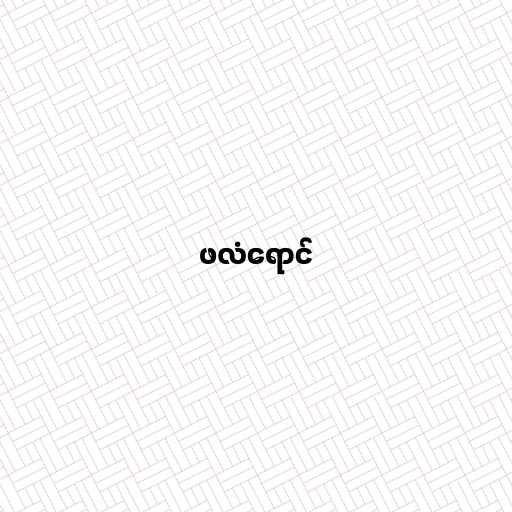
ဖလံရောင်